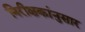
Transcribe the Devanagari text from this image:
निरीक्षकांनुसार